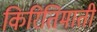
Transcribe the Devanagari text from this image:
किरितिमाती